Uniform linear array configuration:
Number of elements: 4
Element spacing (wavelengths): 0.5
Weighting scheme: kaiser
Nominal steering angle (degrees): -60
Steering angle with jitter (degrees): -61.295
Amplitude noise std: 0.05
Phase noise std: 0.05

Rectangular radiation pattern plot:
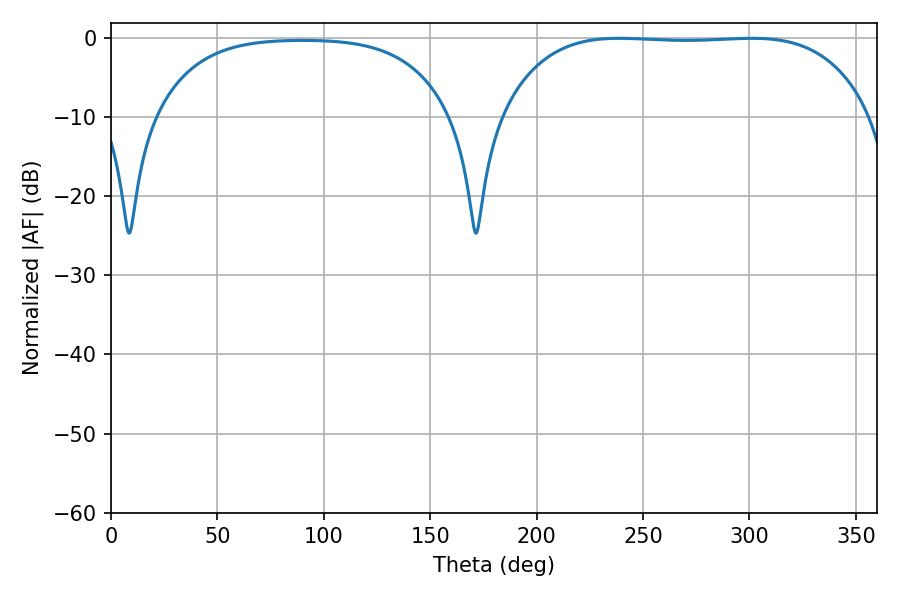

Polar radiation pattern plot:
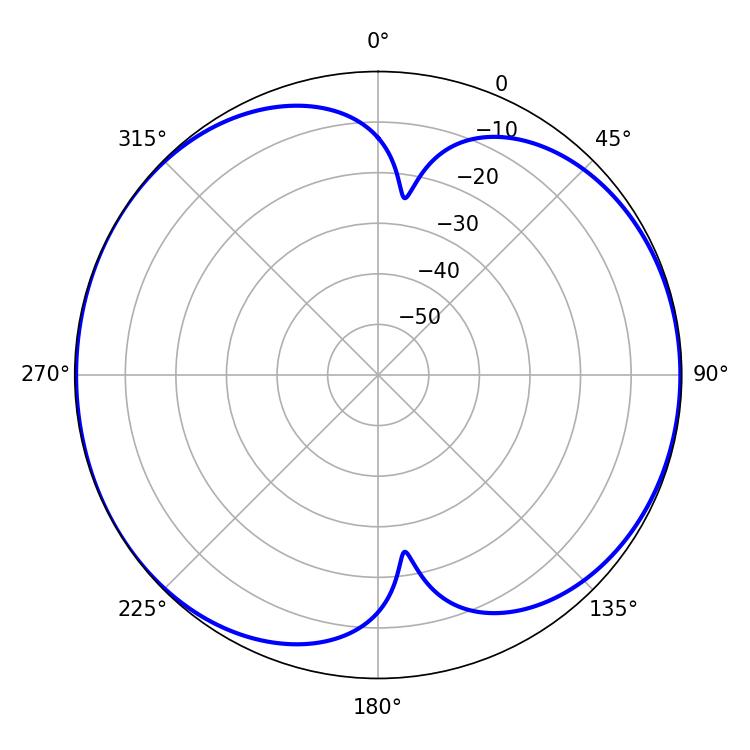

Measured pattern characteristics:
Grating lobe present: FALSE
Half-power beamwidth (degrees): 135.36
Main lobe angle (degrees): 238.68